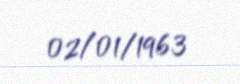
02/01/1963